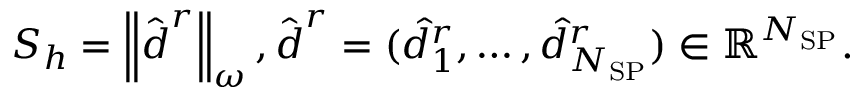
S _ { h } = \left\lVert \hat { \boldsymbol { d } } ^ { r } \right\rVert _ { \omega } , \hat { \boldsymbol { d } } ^ { r } = ( \hat { d } _ { 1 } ^ { r } , \ldots , \hat { d } _ { N _ { \mathrm { S P } } } ^ { r } ) \in \mathbb { R } ^ { N _ { \mathrm { S P } } } .